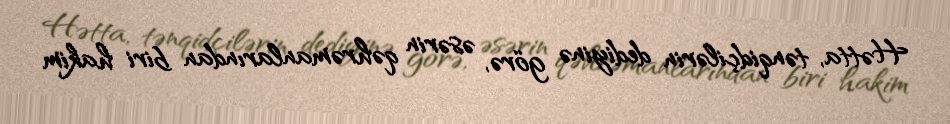
Hətta, tənqidçilərin dediyinə görə, əsərin qəhrəmanlarından biri hakim